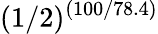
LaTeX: (1/2)^{(100/78.4)}